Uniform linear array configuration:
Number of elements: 8
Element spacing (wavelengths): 1
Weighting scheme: kaiser
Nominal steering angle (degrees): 30
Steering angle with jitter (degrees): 30.349
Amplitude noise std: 0.05
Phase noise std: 0.05

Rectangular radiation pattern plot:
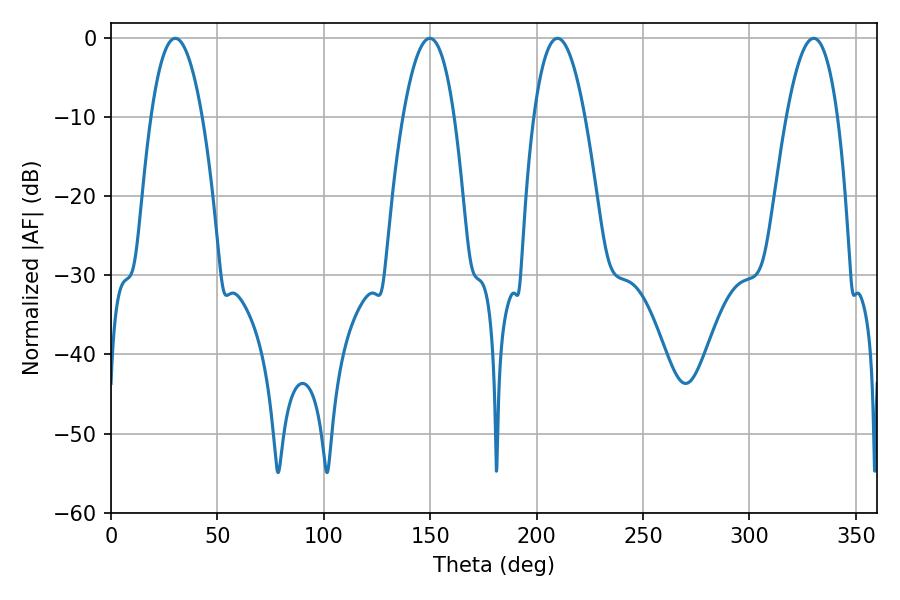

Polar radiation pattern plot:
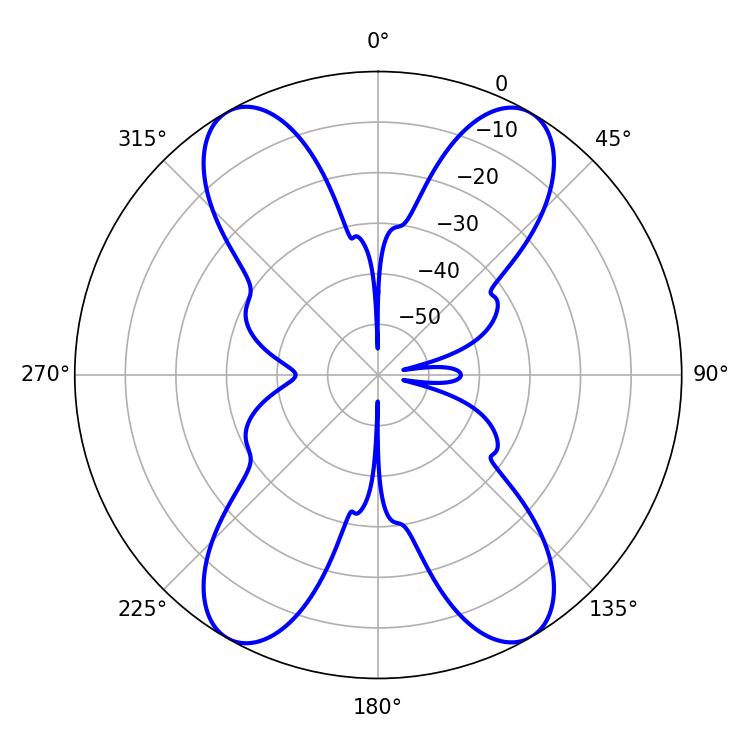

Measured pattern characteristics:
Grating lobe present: TRUE
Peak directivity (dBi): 30.763
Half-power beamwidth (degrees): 13.32
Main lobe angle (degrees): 30.24